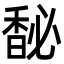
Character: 馝